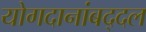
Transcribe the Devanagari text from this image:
योगदानांबद्दल